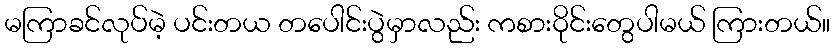
မကြာခင်လုပ်မဲ့ ပင်းတယ တပေါင်းပွဲမှာလည်း ကစားဝိုင်းတွေပါမယ် ကြားတယ်။